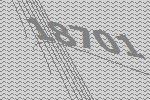
18701